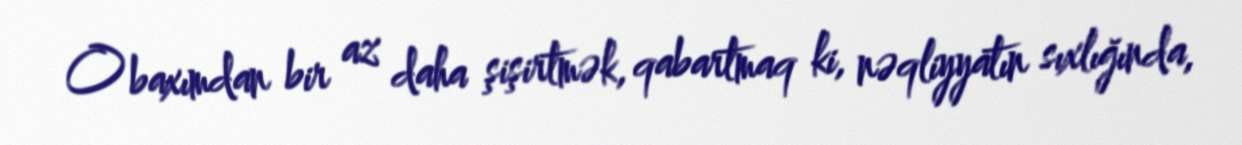
O baxımdan bir az daha şişirtmək, qabartmaq ki, nəqliyyatın sıxlığında,